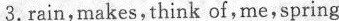
3.rain,makes,think of,me,spring